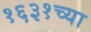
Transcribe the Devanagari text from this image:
१६३१च्या